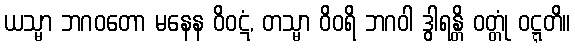
ယသ္မာ ဘဂဝတော မနေန ဝိဝဋံ, တသ္မာ ဝိဝရိ ဘဂဝါ ဒွါရန္တိ ဝတ္တုံ ဝဋ္ဋတိ။